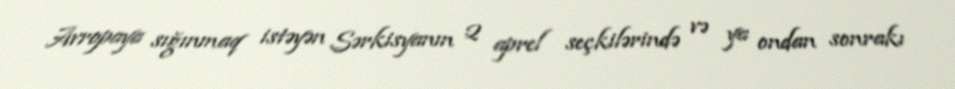
Avropaya sığınmaq istəyən Sərkisyanın 2 aprel seçkilərində və ya ondan sonrakı